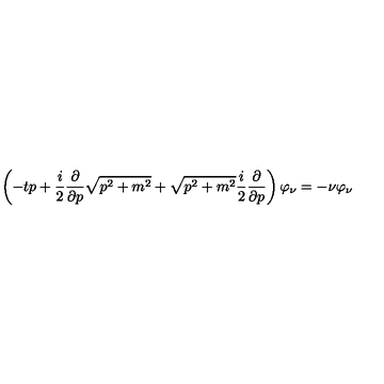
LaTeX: \left( - t p + \frac { i } { 2 } \frac { \partial } { \partial p } \sqrt { p ^ { 2 } + m ^ { 2 } } + \sqrt { p ^ { 2 } + m ^ { 2 } } \frac { i } { 2 } \frac { \partial } { \partial p } \right) \varphi _ { \nu } = - \nu \varphi _ { \nu }